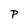
Character: P